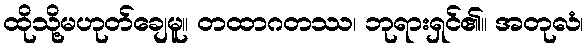
ထိုသို့မဟုတ်ချေမူ။ တထာဂတဿ၊ ဘုရားရှင်၏။ အတုလံ၊